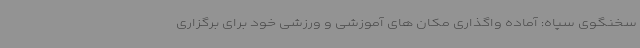
سخنگوی سپاه: آماده واگذاری مکان های آموزشی و ورزشی خود برای برگزاری